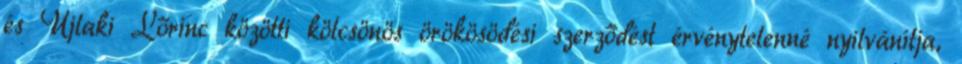
és Újlaki Lőrinc közötti kölcsönös örökösödési szerződést érvénytelenné nyilvánítja,